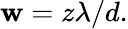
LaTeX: \mathbf{w}=z\lambda/d.